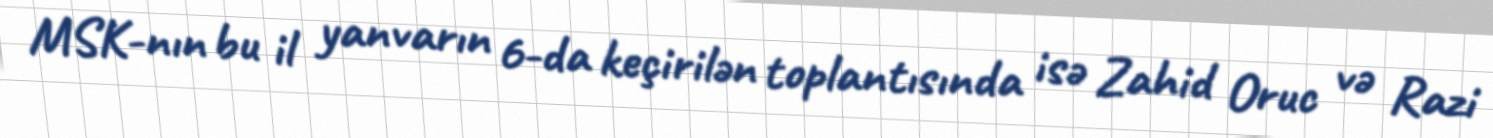
MSK-nın bu il yanvarın 6-da keçirilən toplantısında isə Zahid Oruc və Razi